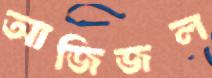
আজিজল